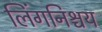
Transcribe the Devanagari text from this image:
लिंगनिश्चय